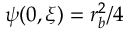
\psi ( 0 , \xi ) = r _ { b } ^ { 2 } / 4